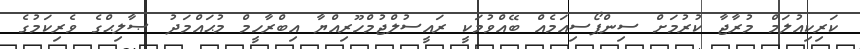
ކަރިކިއުލަމް މުރާޖާ ކުރުމަށް ސިންޕޯސިއަމެއް ބޭއްވުމަކީ ރައީސުލްޖުމްހޫރިއްޔާ އިބްރާހީމް މުޙައްމަދު ޞާލިޙްގެ ވެރިކަމުގެ